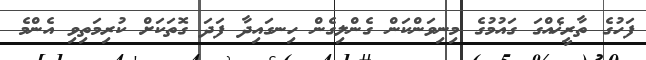
ފަހުގެ ތާރީޚެއްގަ ގައުމުގެ މިނިވަންކަން ގެންލިގެން ހިނގައިދާ ފަދަ ގޮތަކަށް ކުރިމަތިވި އެންމެ